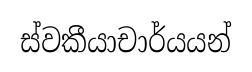
ස්වකීයාචාර්යයන්